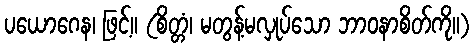
ပယောဂေန၊ ဖြင့်။ (စိတ္တံ၊ မတွန့်မလှုပ်သော ဘာဝနာစိတ်ကို။)